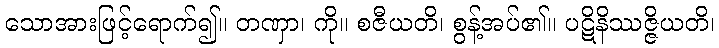
သောအားဖြင့်ရောက်၍။ တဏှာ၊ ကို။ စဇီယတိ၊ စွန့်အပ်၏။ ပဋိနိဿဇ္ဇိယတိ၊